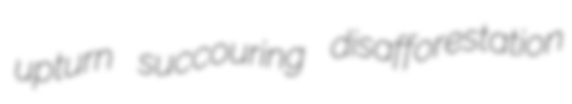
upturn succouring disafforestation